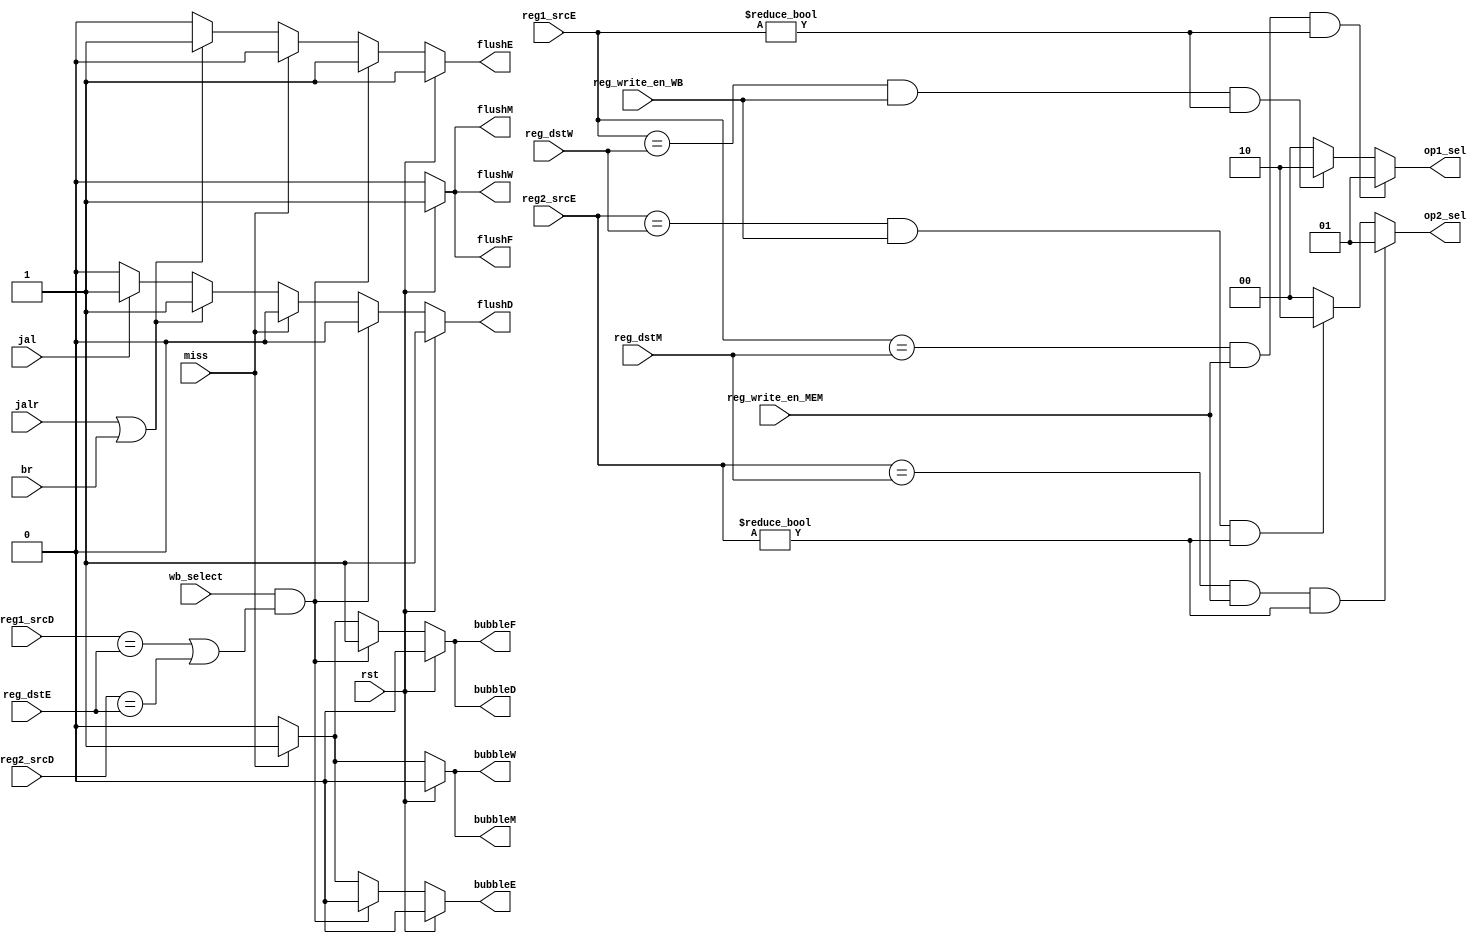
module HarzardUnit(
    input wire rst,
    input wire miss,
    input wire [4:0] reg1_srcD, reg2_srcD, reg1_srcE, reg2_srcE, reg_dstE, reg_dstM, reg_dstW,
    input wire br, jalr, jal,
    input wire wb_select,
    input wire reg_write_en_MEM,
    input wire reg_write_en_WB,
    output reg flushF, bubbleF, flushD, bubbleD, flushE, bubbleE, flushM, bubbleM, flushW, bubbleW,
    output reg [1:0] op1_sel, op2_sel
    );

    // generate op1_sel
    always @ (*)
    begin 
        if (reg1_srcE == reg_dstM && reg_write_en_MEM == 1 && reg1_srcE != 0)
        begin
            // mem to ex forwarding, mem forwarding first
            op1_sel = 2'b01;
        end
        else if (reg1_srcE == reg_dstW && reg_write_en_WB == 1 && reg1_srcE != 0)
        begin
            // wb to ex forwarding
            op1_sel = 2'b10;
        end
        else 
        begin
            op1_sel = 2'b00;
        end
    end

    // generate op2_sel
    always @ (*)
    begin 
        if (reg2_srcE == reg_dstM && reg_write_en_MEM == 1 && reg2_srcE != 0)
        begin
            // mem to ex forwarding, mem forwarding first
            op2_sel = 2'b01;
        end
        else if (reg2_srcE == reg_dstW && reg_write_en_WB == 1 && reg2_srcE != 0)
        begin
            // wb to ex forwarding
            op2_sel = 2'b10;
        end
        else 
        begin
            op2_sel = 2'b00;
        end
    end

    // generate bubbleF and flushF
    always @ (*)
    begin
        if (rst)
        begin
            bubbleF = 0;
            flushF = 1;
        end
        //load-use
        else if (wb_select==1 && (reg1_srcD==reg_dstE || reg2_srcD==reg_dstE))
        begin
            bubbleF = 1;
            flushF = 0;
        end
        //cache miss
        else if(miss)
        begin
            bubbleF = 1;
            flushF = 0;
        end
        else 
        begin
            bubbleF = 0;
            flushF = 0;
        end
    end

    // generate bubbleD and flushD
    always @ (*)
    begin
        if (rst)
        begin
            bubbleD = 0;
            flushD = 1;
        end
        //load-use
        else if (wb_select==1 && (reg1_srcD==reg_dstE || reg2_srcD==reg_dstE))
        begin
            bubbleD = 1;
            flushD = 0;
        end
        //cache miss
        else if(miss)
        begin
            bubbleD = 1;
            flushD = 0;
        end
        //jalr or br
        else if (jalr || br)
        begin
            bubbleD = 0;
            flushD = 1;
        end
        //jal
        else if(jal)
        begin
            bubbleD = 0;
            flushD = 1;
        end
        else 
        begin
            bubbleD = 0;
            flushD = 0;
        end
    end

    // generate bubbleE and flushE
    always @ (*)
    begin
        if (rst)
        begin
            bubbleE = 0;
            flushE = 1;
        end
        //load-use
        else if (wb_select==1 && (reg1_srcD==reg_dstE || reg2_srcD==reg_dstE))
        begin
            bubbleE = 0;
            flushE = 1;
        end
        //cache miss
        else if(miss)
        begin
            bubbleE = 1;
            flushE = 0;
        end
        //jalr or br
        else if (jalr || br)
        begin
            bubbleE = 0;
            flushE = 1;
        end
        else 
        begin
            bubbleE = 0;
            flushE = 0;
        end
    end

    // generate bubbleM and flushM
    always @ (*)
    begin
        if (rst)
        begin
            bubbleM = 0;
            flushM = 1;
        end
        //cache miss
        else if(miss)
        begin
            bubbleM = 1;
            flushM = 0;
        end
        else 
        begin
            bubbleM = 0;
            flushM = 0;
        end
    end

    // generate bubbleW and flushW
    always @ (*)
    begin
        if (rst)
        begin
            bubbleW = 0;
            flushW = 1;
        end
        //cache miss
        else if(miss)
        begin
            bubbleW = 1;
            flushW = 0;
        end
        else 
        begin
            bubbleW = 0;
            flushW = 0;
        end
    end

endmodule